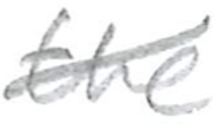
Text: the
Cross-out: mix
Writing tool: pencil